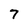
Character: 7